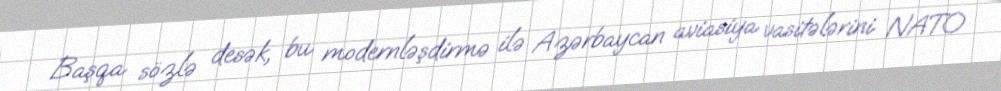
Başqa sözlə desək, bu modernləşdirmə ilə Azərbaycan aviasiya vasitələrini NATO